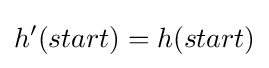
h'(start)=h(start)